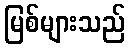
မြစ်များသည်